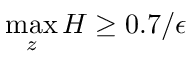
\operatorname* { m a x } _ { z } H \geq 0 . 7 / \epsilon